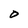
Character: D